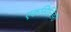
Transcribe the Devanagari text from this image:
एकसिलिंडरी